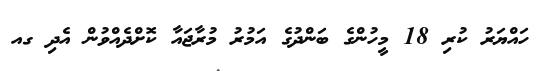
ހައްޔަރު ކުރި 18 މީހުންގެ ބަންދުގެ އަމުރު މުރާޖައާ ކޮށްދެއްވުން އެދި ގއ